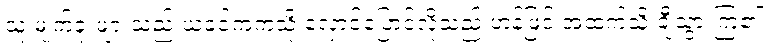
သူ့ မျက်ခုံးများသည် ယခင်ကကဲ့သို့ လှောင်ပြောင်လိုသည့် ဟန်ဖြင့် အထက်သို့ ချီသွားကြ၏။